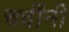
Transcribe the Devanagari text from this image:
चवींनी